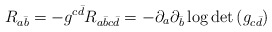
\begin{align*}R_{a{\bar b}}=-g^{c{\bar d}}R_{a{\bar b}c{\bar d}}=-\partial_a\partial_{\bar b}\log{\det{(g_{c{\bar d}})}} \end{align*}